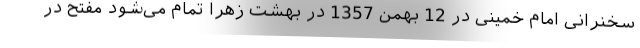
سخنرانی امام خمینی در 12 بهمن 1357 در بهشت زهرا تمام می‌شود مفتح در